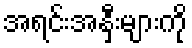
အရင်းအနှီးများကို